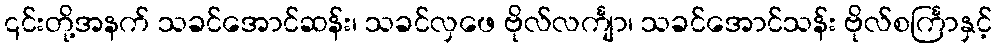
၎င်းတို့အနက် သခင်အောင်ဆန်း၊ သခင်လှဖေ ဗိုလ်လင်္ကျာ၊ သခင်အောင်သန်း ဗိုလ်စင်္ကြာနှင့်